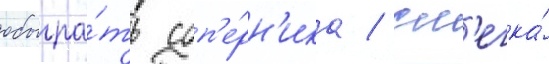
обыгра́ть соп'е́рн'ика / сл'егка́